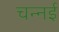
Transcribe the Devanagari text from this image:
चन्नई